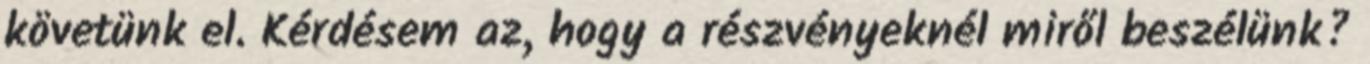
követünk el. Kérdésem az, hogy a részvényeknél miről beszélünk?